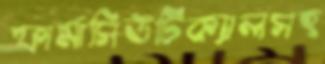
ফার্মাসিউটিক্যালসহ